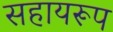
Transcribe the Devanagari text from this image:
सहायरूप